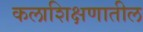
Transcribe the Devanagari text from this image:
कलाशिक्षणातील